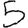
Digit: 5